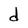
Character: d